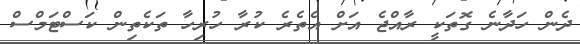
ދެން ހަދާނެ ގޮތަކީ ރާއްޖެ އަށް އެތެރެ ކުރާ ހުރިހާ ތަކެތިން ކަސްޓަމްސް